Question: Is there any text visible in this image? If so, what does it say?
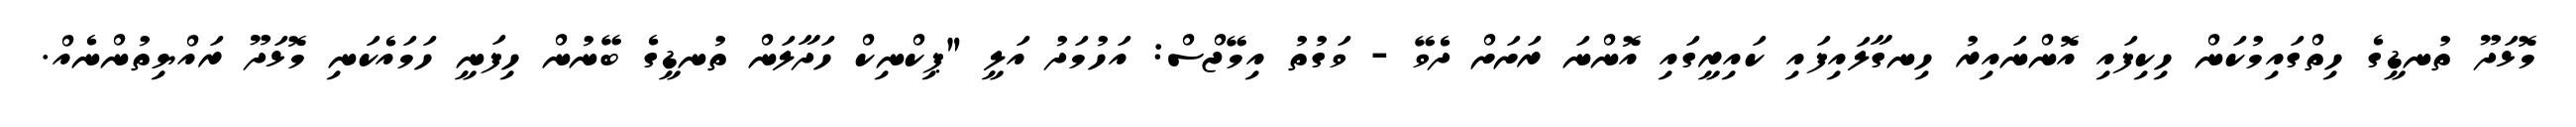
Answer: މޮޅަދޫ ތުނޑީގެ ހިތްގައިމުކަން ހިކިފައި އޮންނައިރު ހިނގާލައިފައި ކައިރީގައި އޮންނަ ރަށަށް ދެވޭ - ވަގުތު އިމޭޖްސް: އަހުމަދު އަލީ "ޕިކްނިކް ހަދާލަން ތުނޑީގެ ބޭނުން ހިފަނީ ހަމައެކަނި މޮޅަދޫ ރައްޔިތުންނެއް.